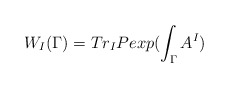
\begin{align*}W_{I}(\Gamma) = Tr_{I} P exp (\int_{\Gamma} A^{I}) \end{align*}